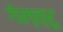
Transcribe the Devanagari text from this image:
गेल्त्रू